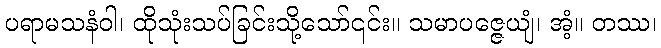
ပရာမသနံဝါ၊ ထိုသုံးသပ်ခြင်းသို့သော်၎င်း။ သမာပဇ္ဇေယျံ၊ အံ့။ တဿ၊